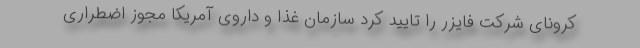
کرونای شرکت فایزر را تأیید کرد سازمان غذا و داروی آمریکا مجوز اضطراری